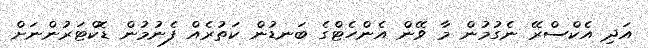
އަދި އެކްސްރޭ ނެގުމުން މާ ވޭން އެންހެޓްގެ ބަނޑުން ކަތުރެއް ފެނުމުން ޑޮކްޓަރުންނަށް